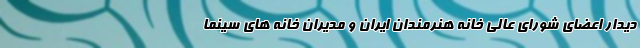
دیدار اعضای شورای عالی خانه هنرمندان ایران و مدیران خانه های سینما